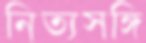
নিত্যসঙ্গি